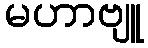
မဟာဗျူ